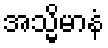
အသ္မိမာနံ